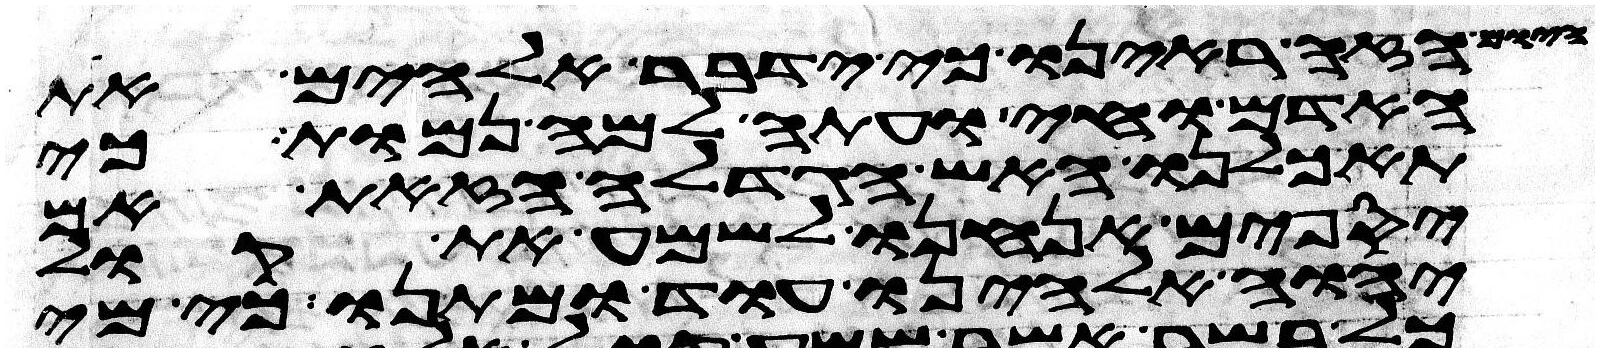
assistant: הזה ראינו כי ידבר אלהים את
האדם וחי ועתה למה נמות כי
תאכלנו האש הגדלה הזאת אם
יספים אנחנו לשמע את קול
יהוה אלהינו עוד ומתנו כי מי